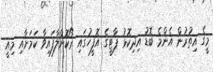
މީގެ އިތުުރުން އެންމެ ބޮޑު އިދިކޮޅު ޕާޓީގެ އޮފީހުގައި ރޯކޮށްލާފައިވާ ކަމަށާއި މިއީ